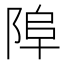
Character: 𨹺